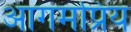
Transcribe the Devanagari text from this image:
आगमप्रिय